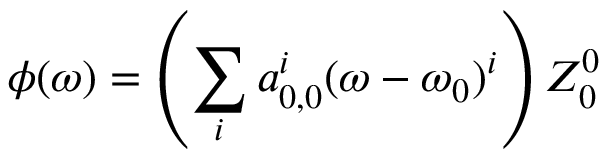
\phi ( \omega ) = \left( \sum _ { i } a _ { 0 , 0 } ^ { i } ( \omega - \omega _ { 0 } ) ^ { i } \right) Z _ { 0 } ^ { 0 }